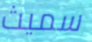
سميث